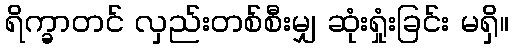
ရိက္ခာတင် လှည်းတစ်စီးမျှ ဆုံးရှုံးခြင်း မရှိ။